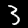
Label: 3